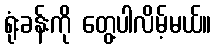
ရုံးခန်းကို တွေ့ပါလိမ့်မယ်။